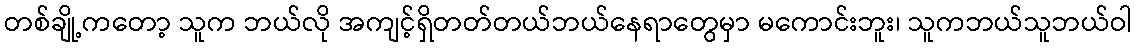
တစ်ချို့ကတော့ သူက ဘယ်လို အကျင့်ရှိတတ်တယ်ဘယ်နေရာတွေမှာ မကောင်းဘူး၊ သူကဘယ်သူဘယ်ဝါ